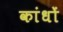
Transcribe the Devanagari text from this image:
कांधों